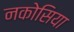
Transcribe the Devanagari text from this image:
नकोसिया